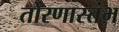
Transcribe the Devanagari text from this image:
तोरणास्तंभ